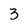
Character: 3